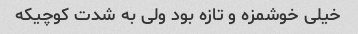
خیلی خوشمزه و تازه بود ولی به شدت کوچیکه